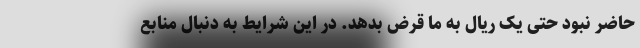
حاضر نبود حتی یک ریال به ما قرض بدهد. در این شرایط به دنبال منابع